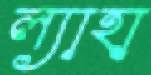
ল্যাহা